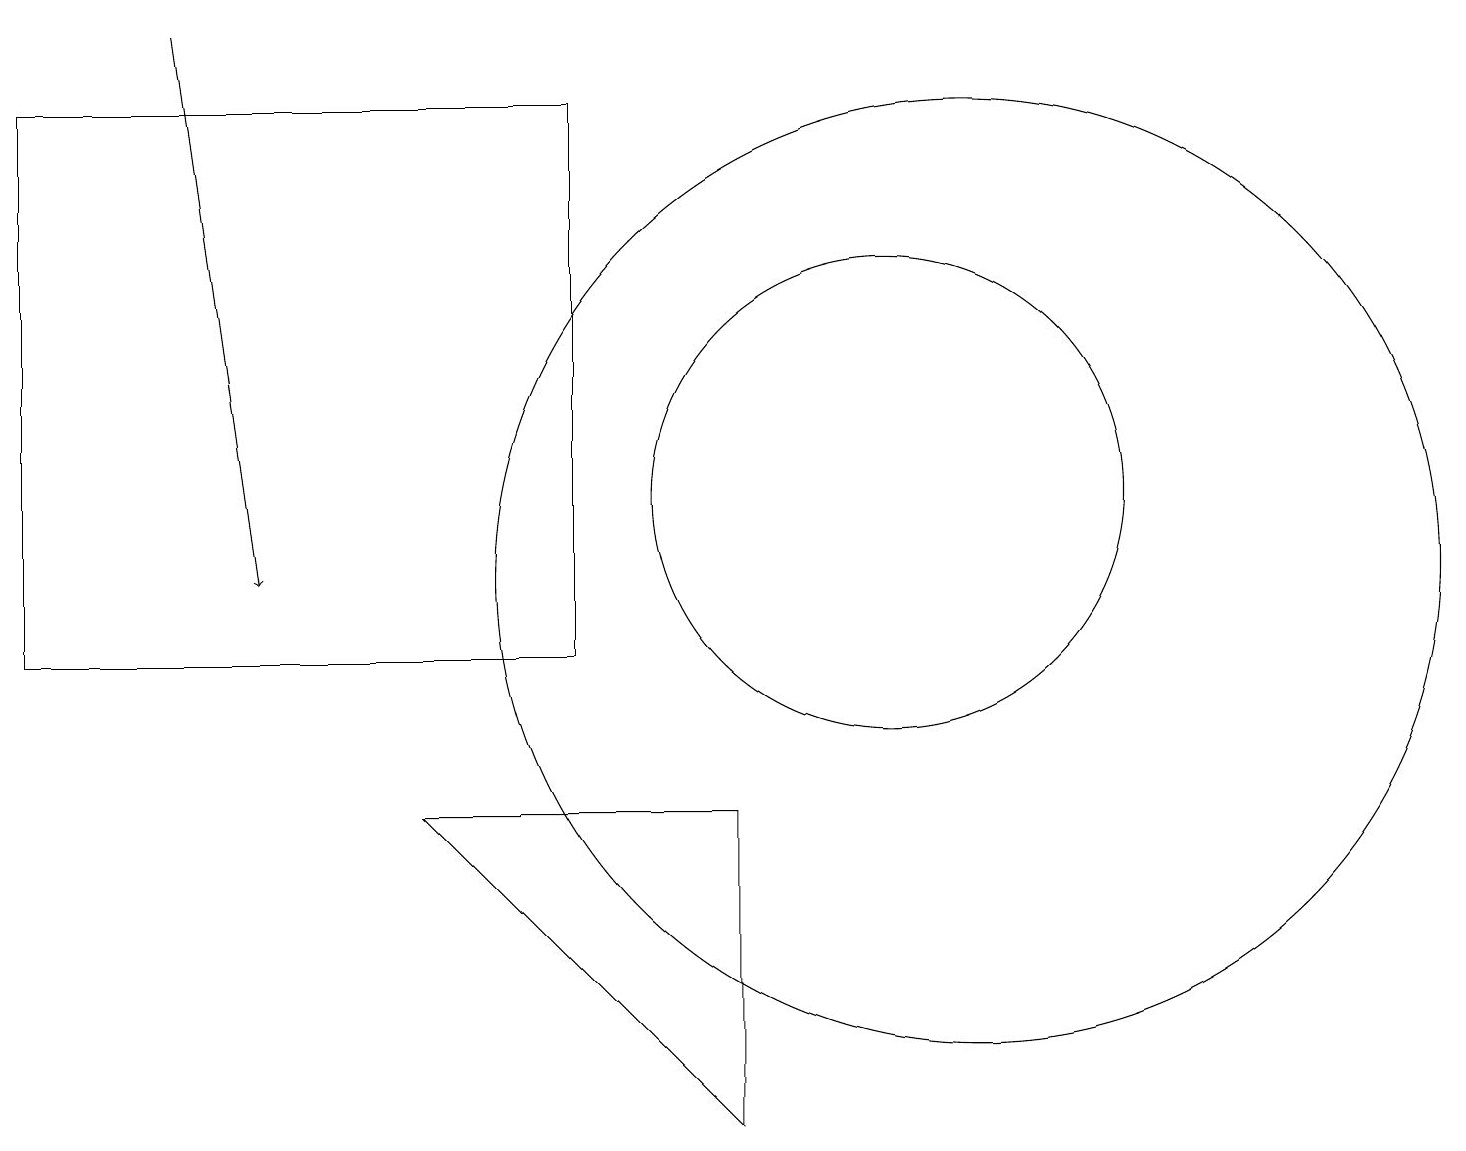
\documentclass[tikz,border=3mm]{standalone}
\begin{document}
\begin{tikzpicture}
\draw (11,12) circle (3);
\draw (0,10) rectangle (7,17);
\draw (9,4) -- (5,8) -- (9,8) -- cycle;
\draw (12,11) circle (6);
\draw[->] (2,18) -- (3,11);
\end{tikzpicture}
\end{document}